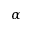
\alpha